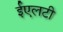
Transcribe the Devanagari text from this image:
ईएलटी